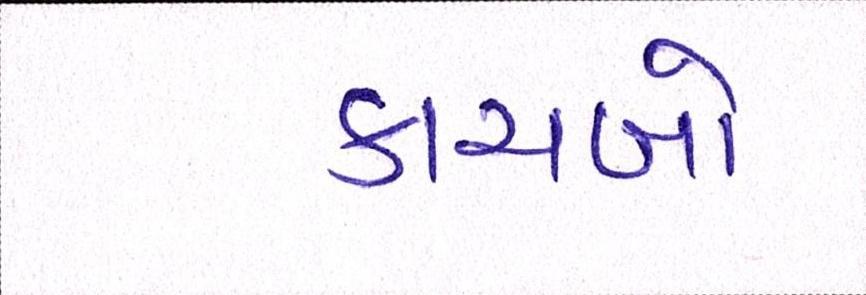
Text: કાચબો